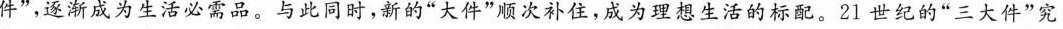
件”，逐渐成为生活必需品。与此同时，新的”大件”顺次补住，成为理想生活的标配。21世纪的”三大件”究